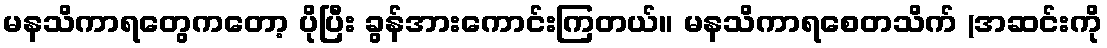
မနသိကာရတွေကတော့ ပိုပြီး ခွန်အားကောင်းကြတယ်။ မနသိကာရစေတသိက် (အဆင်းကို